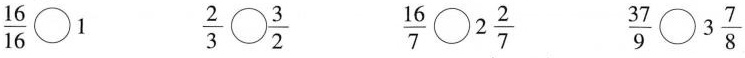
$$\frac{16}{16}\bigcirc{} 1$$ $$\frac{2}{3} \bigcirc{} \frac{3}{2}$$ $$\frac{16}{7} \bigcirc{} 2 \frac{2}{7}$$ $$\frac{37}{9} \bigcirc{} 3 \frac{7}{8}$$